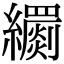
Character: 𦇧